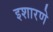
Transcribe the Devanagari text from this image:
इशारणे